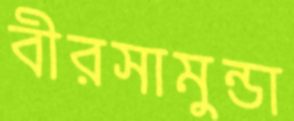
বীরসামুন্ডা